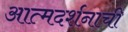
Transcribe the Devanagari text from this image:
आत्मदर्शनाची